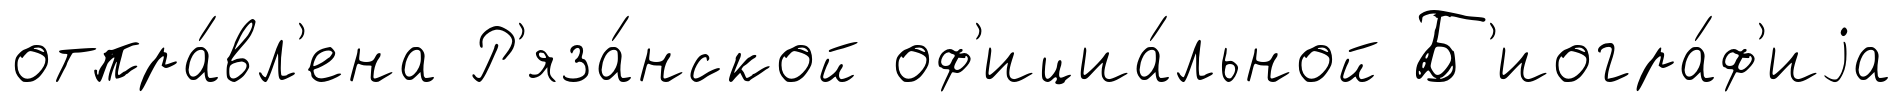
отпра́вл'ена Р'яза́нской оф'ициа́льной Б'иогра́ф'иjа